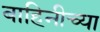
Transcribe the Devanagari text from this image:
बाहिनीच्या